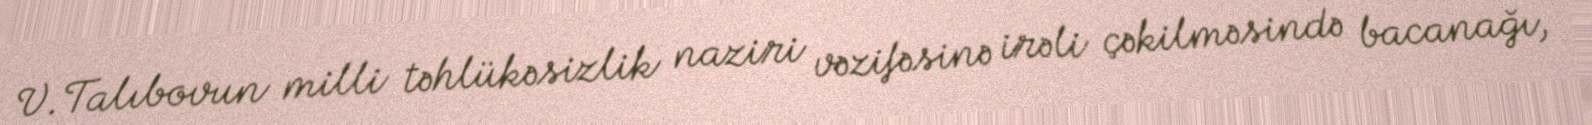
V.Talıbovun milli təhlükəsizlik naziri vəzifəsinə irəli çəkilməsində bacanağı,